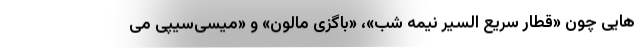
هایی چون «قطار سریع السیر نیمه شب»، «باگزی مالون» و «میسی‌سیپی می